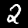
Label: 2